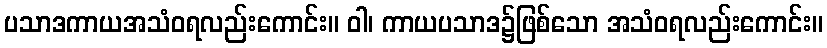
ပသာဒကာယအသံဝရလည်းကောင်း။ ဝါ၊ ကာယပသာဒ၌ဖြစ်သော အသံဝရလည်းကောင်း။